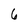
Character: 6